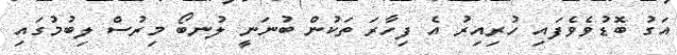
އަގު ބޮޑުވެވެފައި ހުރިއިރު އެ ފިހާރަ ތަކުން ބުނަނީ ލުނބޯ މިރުސް ލިބުމުގައި